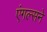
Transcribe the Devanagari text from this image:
एंगल्सने